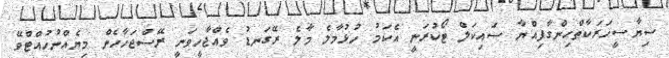
ސިޔާސީހަރަކާތްހިންގާފިއްޔާ ސައިކަލް ޓޯކުރަނީ އެކަމު ހުޅުމާލެ މާލެ ރޭގަނޑު ވެއްޖާހީވަނީ ރޭސްޖަހާހެން މިޔެއްނުހުއްޓްވޭ